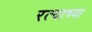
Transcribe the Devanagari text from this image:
रत्याच्या